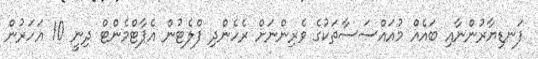
ފަނޑިޔާރުންނާއި ބައެއް މުއައްސަސާތަކުގެ ވެރިންނަށް ރެހެންދި ފްލެޓުން އެޕާޓްމެންޓް ދިނީ 10 އަހަރުން